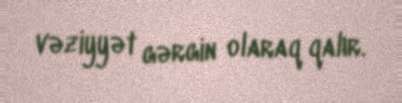
vəziyyət gərgin olaraq qalır.